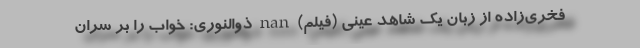
فخری‌زاده از زبان یک شاهد عینی (فیلم) nan ذوالنوری: خواب را بر سران